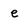
Character: e